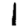
Digit: 1